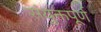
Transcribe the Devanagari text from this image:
संयुक्तपूर्ण